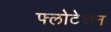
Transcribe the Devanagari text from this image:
फ्लोटेशन